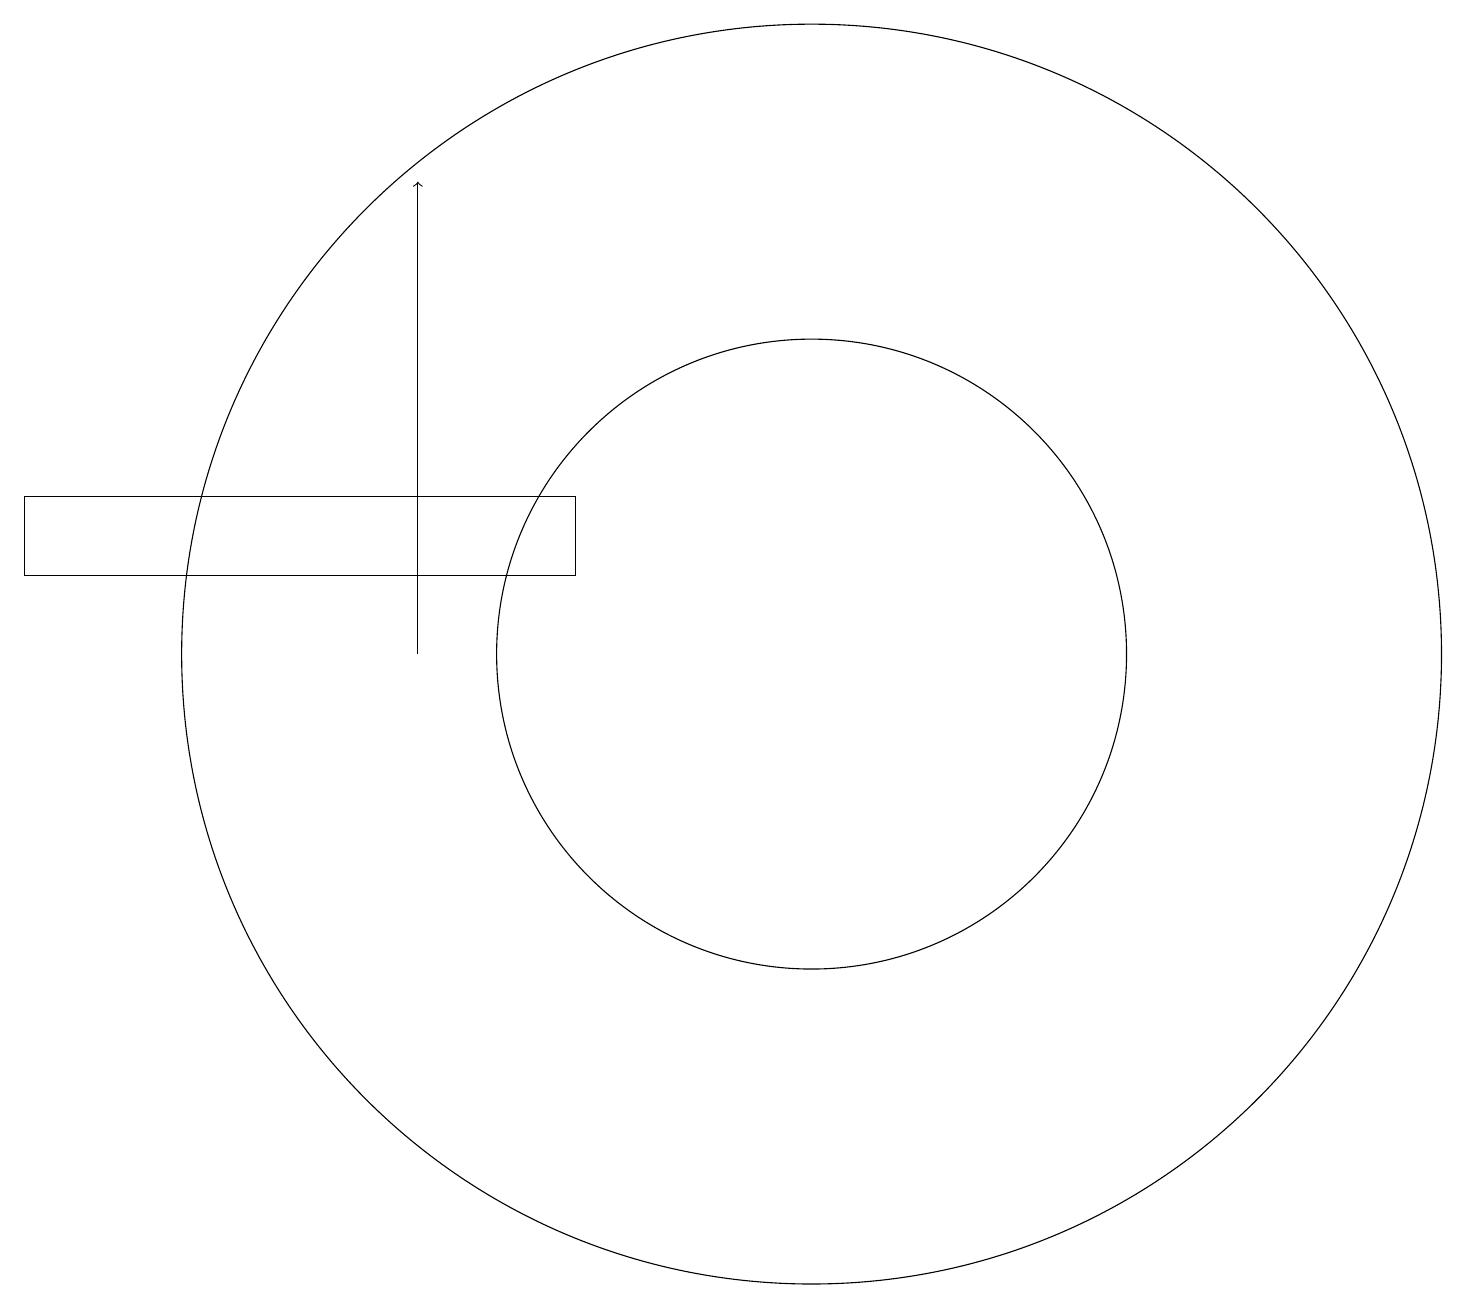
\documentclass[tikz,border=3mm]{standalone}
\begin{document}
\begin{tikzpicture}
\draw[->] (5,12) -- (5,18);
\draw (10,12) circle (4);
\draw (10,12) circle (8);
\draw (0,14) rectangle (7,13);
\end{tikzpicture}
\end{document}